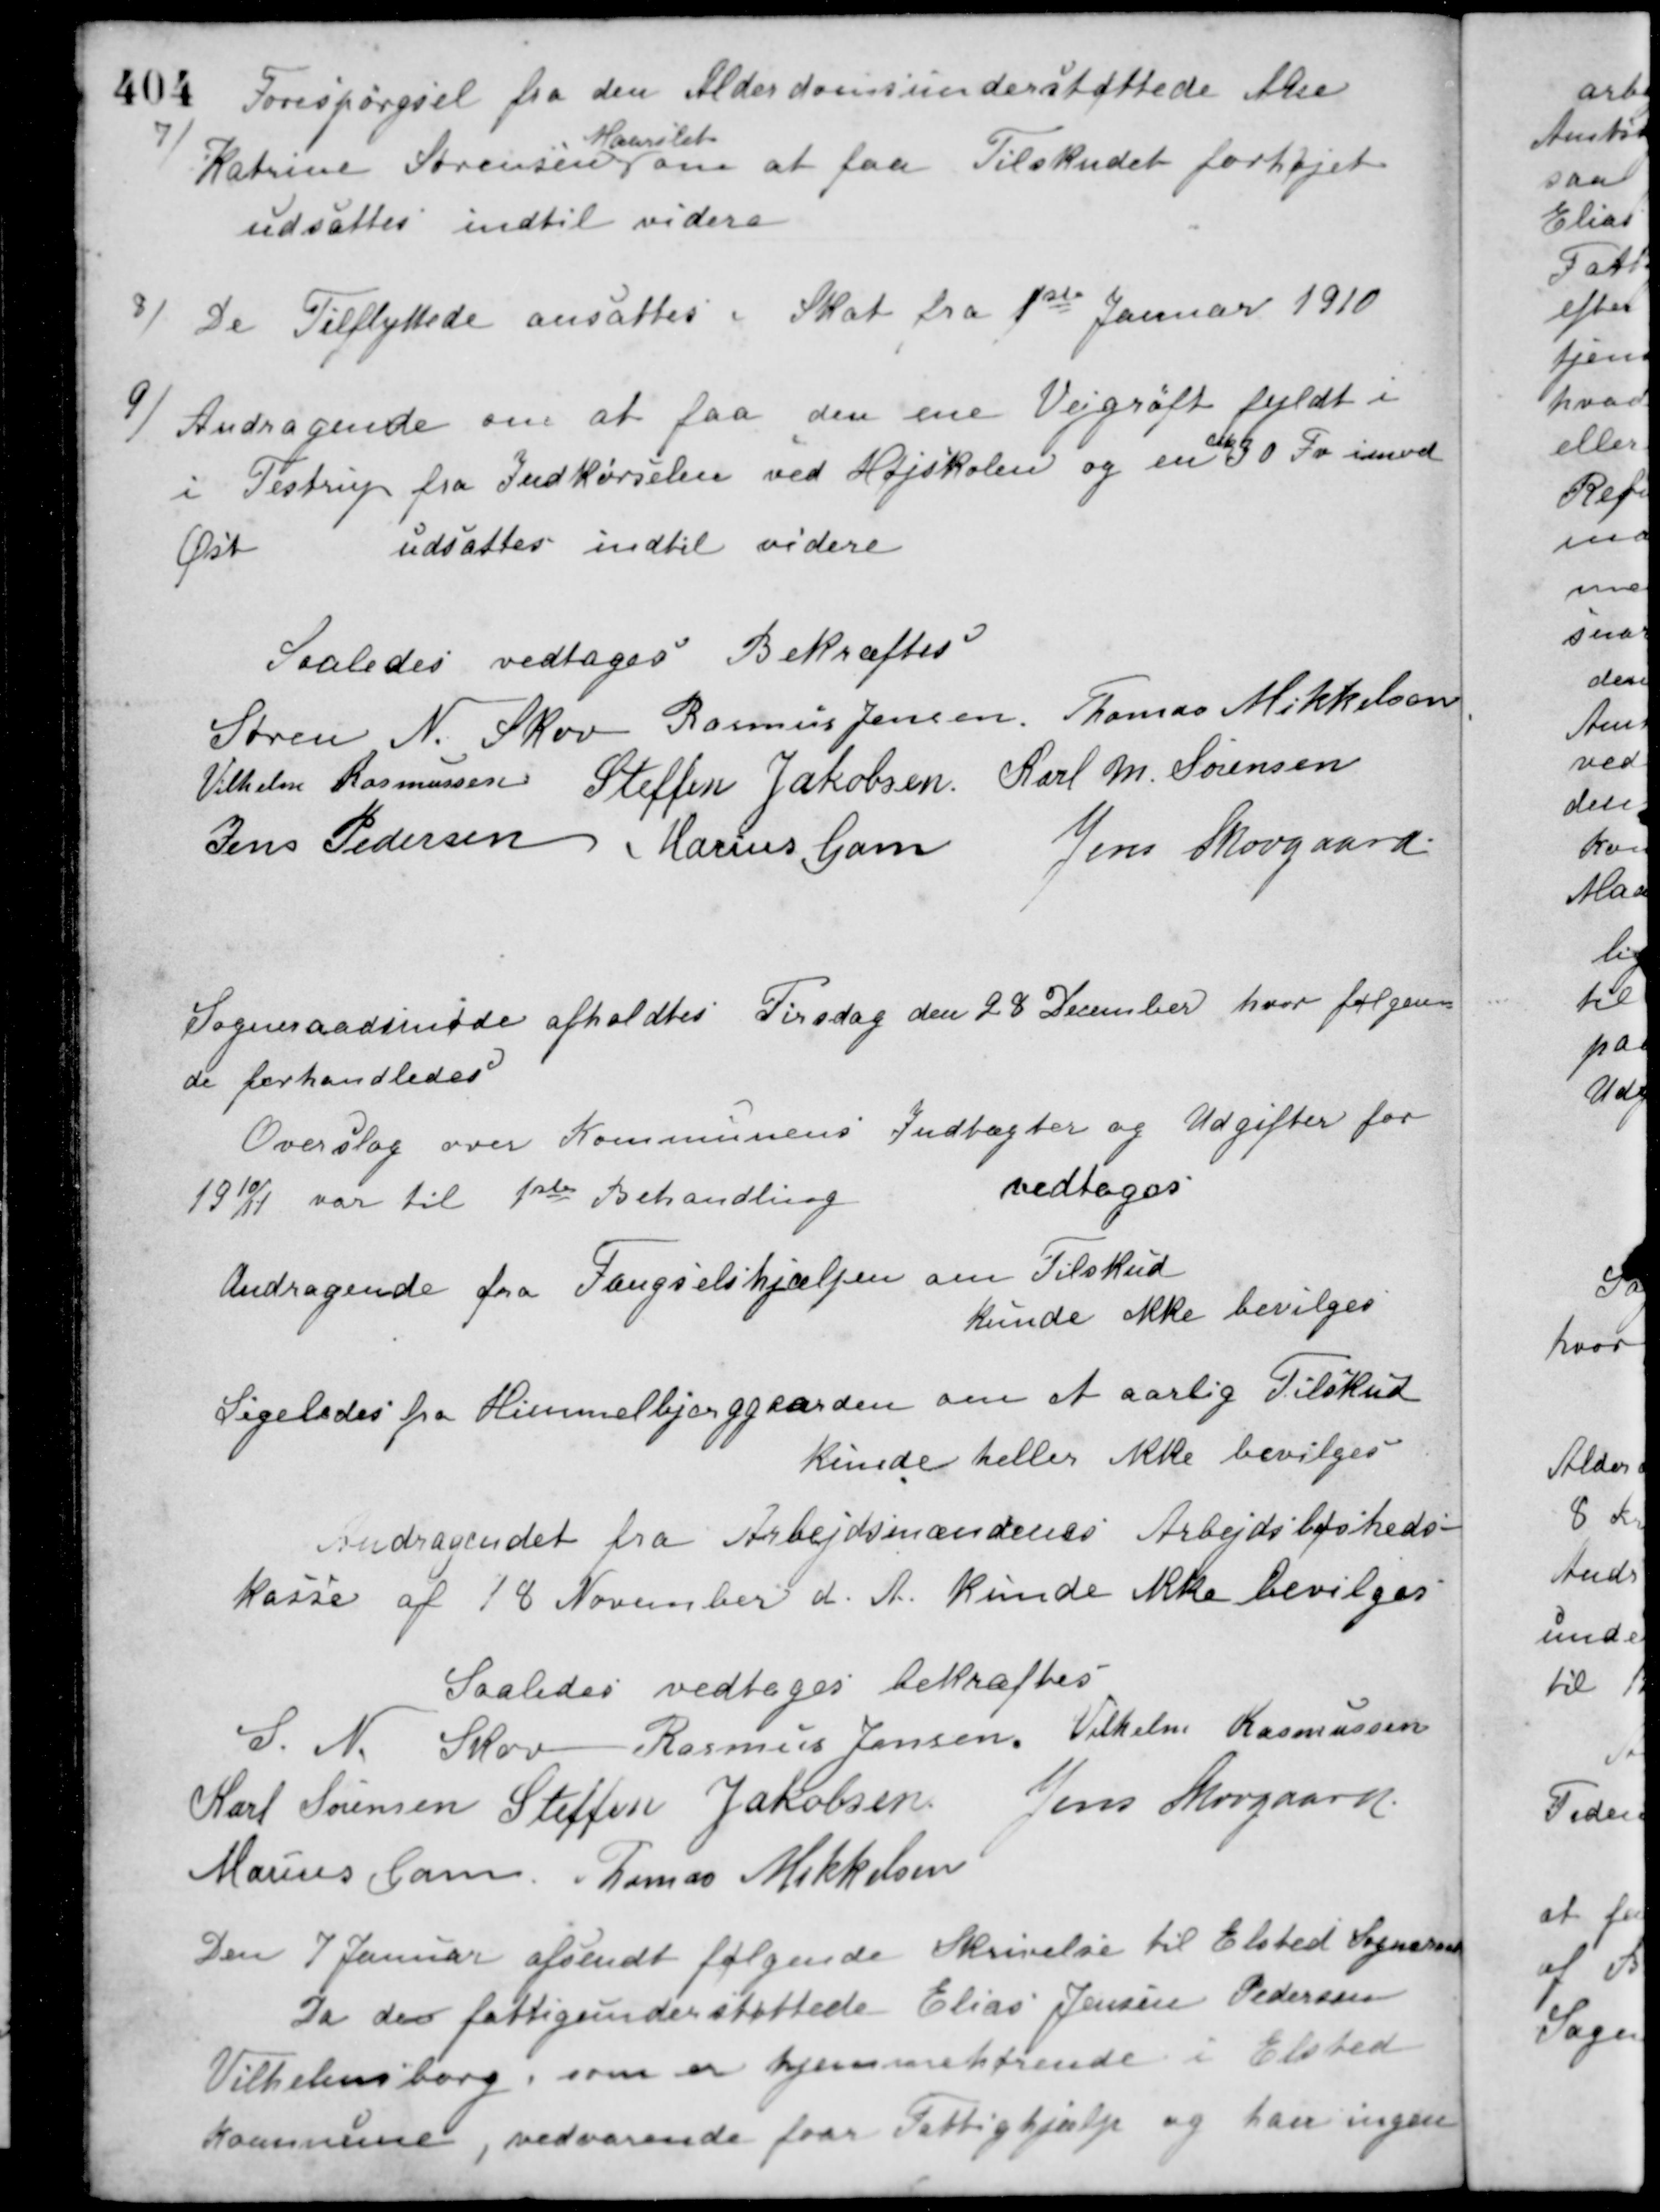
Transskription:
7)
Forespørgsel fra den Alderdomsunderstøttede Ane
Katrine Sørensen
Maarslet
om at faa Tilskudet forhøjet
udsattes indtil videre
8) De Tilflyttede ansattes i Skat fra 1ste Januar 1910
9) Andragende om at faa den ene Vejgrøft fyldt i
i Testrup fra Indkørselen ved Højskolen og en
cirka
30 Fv. imod
Øst
udsattes indtil videre
Saaledes vedtoges Bekræftes
Søren N. Skov Rasmus Jensen Thomas Mikkelsen
Vilhelm Rasmussen Steffen Jakobsen Karl M. Sørensen
Jens Pedersen Marius Gam
Jens Skovgaard
Sogneraadsmøde afholdtes Tirsdag den 28 December hvor følgen-
de forhandledes
Overslag over Kommunens Indtægter og Udgifter for
1910/11 var til 1ste Behandling
vedtoges
Andragende fra Fængselshjælpen om Tilskud
kunde ikke bevilges
Ligeledes fra Himmelbjerggaarden om et aarlig Tilskud
kunde heller ikke bevilges
Andragendet fra Arbejdsmændenes Arbejdsløsheds-
kasse af 18 November d. A. kunde ikke bevilges
Saaledes vedtaget bekræftes
S. N. Skov Rasmus Jensen Vilhelm Rasmussen
Karl Sørensen Steffen Jakobsen Jens Skovgaard
Marius Gam Tomas Mikkelsen
Den 7 Januar afsendt følgende Skrivelse til Elsted Sogneraad
Da den fattigunderstøttede Elias Jensen Pedersen
Vilhelmsborg, som er hjemmehørende i Elsted
Kommune, vedvarende faar Fattighjælp og han ingen